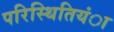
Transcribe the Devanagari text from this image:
परिस्थितियंा